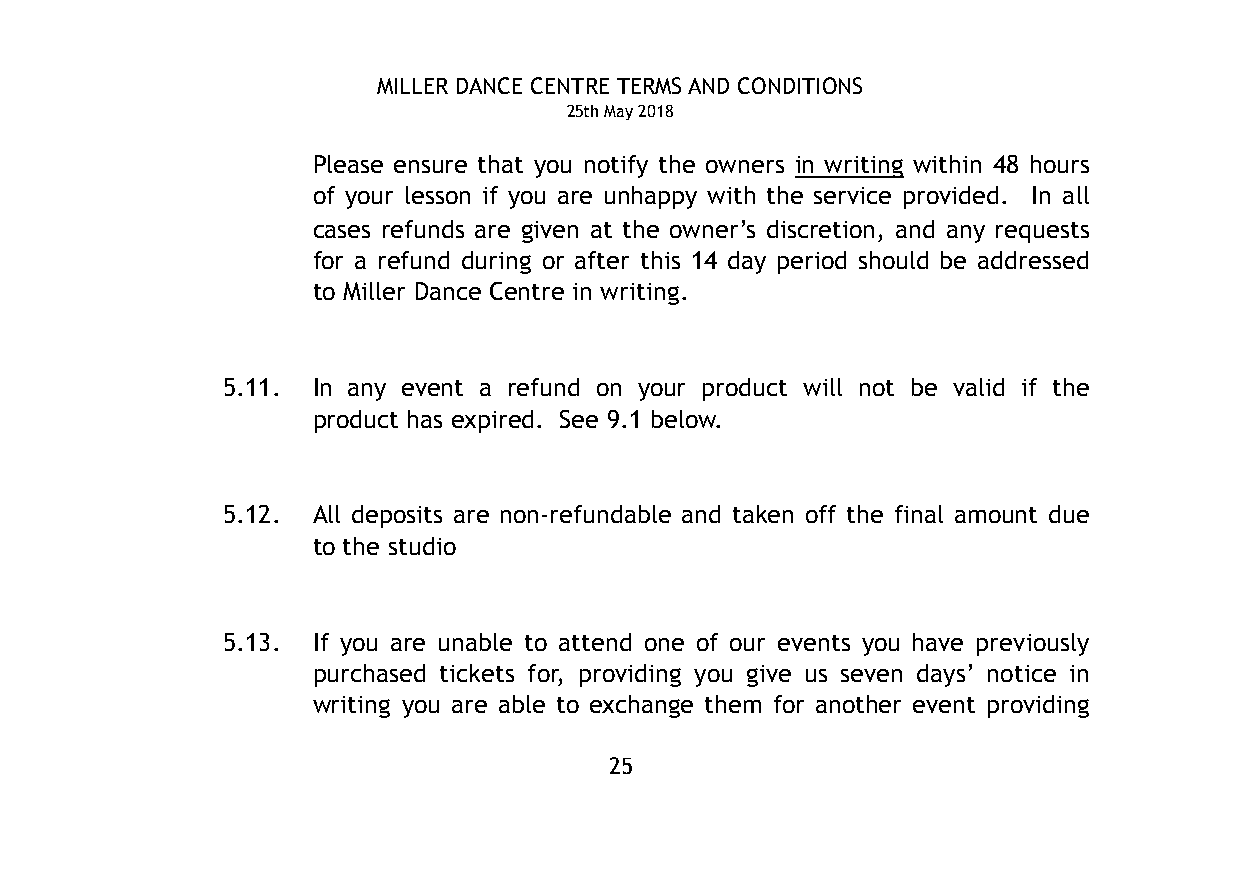
MILLER DANCE CENTRE TERMS AND CONDITIONS
 25th May 2018
 Please ensure that you notify the owners in writing within 48 hours
 of your lesson if you are unhappy with the service provided. In all
 cases refunds are given at the owner’s discretion, and any requests
 for a refund during or after this 14 day period should be addressed
 to Miller Dance Centre in writing.
 5.11. In any event a refund on your product will not be valid if the
 product has expired. See 9.1 below.
 5.12. All deposits are non-refundable and taken off the final amount due
 to the studio
 5.13. If you are unable to attend one of our events you have previously
 purchased tickets for, providing you give us seven days’ notice in
 writing you are able to exchange them for another event providing
 25